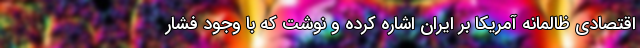
اقتصادی ظالمانه آمریکا بر ایران اشاره کرده و نوشت که با وجود فشار